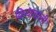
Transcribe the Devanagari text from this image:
क्रियावाली